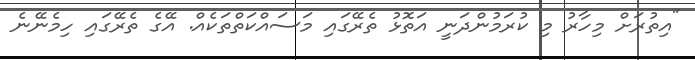
"އިތުރަށް މިހާރު މި ކުރަމުންދަނީ އަތޮޅު ތެރޭގައި މަސައްކަތްތަކެއް. އޭގެ ތެރޭގައި ހިމެނޭނެ